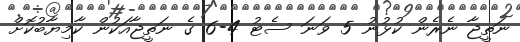
ނަތީޖާ ނެރެން ކުޅުނު 5 ވަނަ ސެޓު 4-6 ގެ ނަތީޖާއަކުން ކާމިޔާބުކޮށް